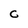
Character: C